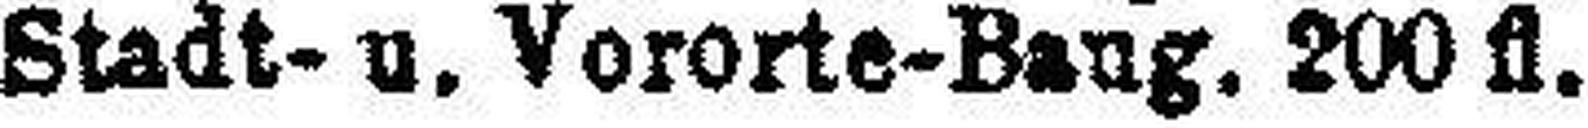
„ Stadt- u. Vororte-Baug. 200 fl.